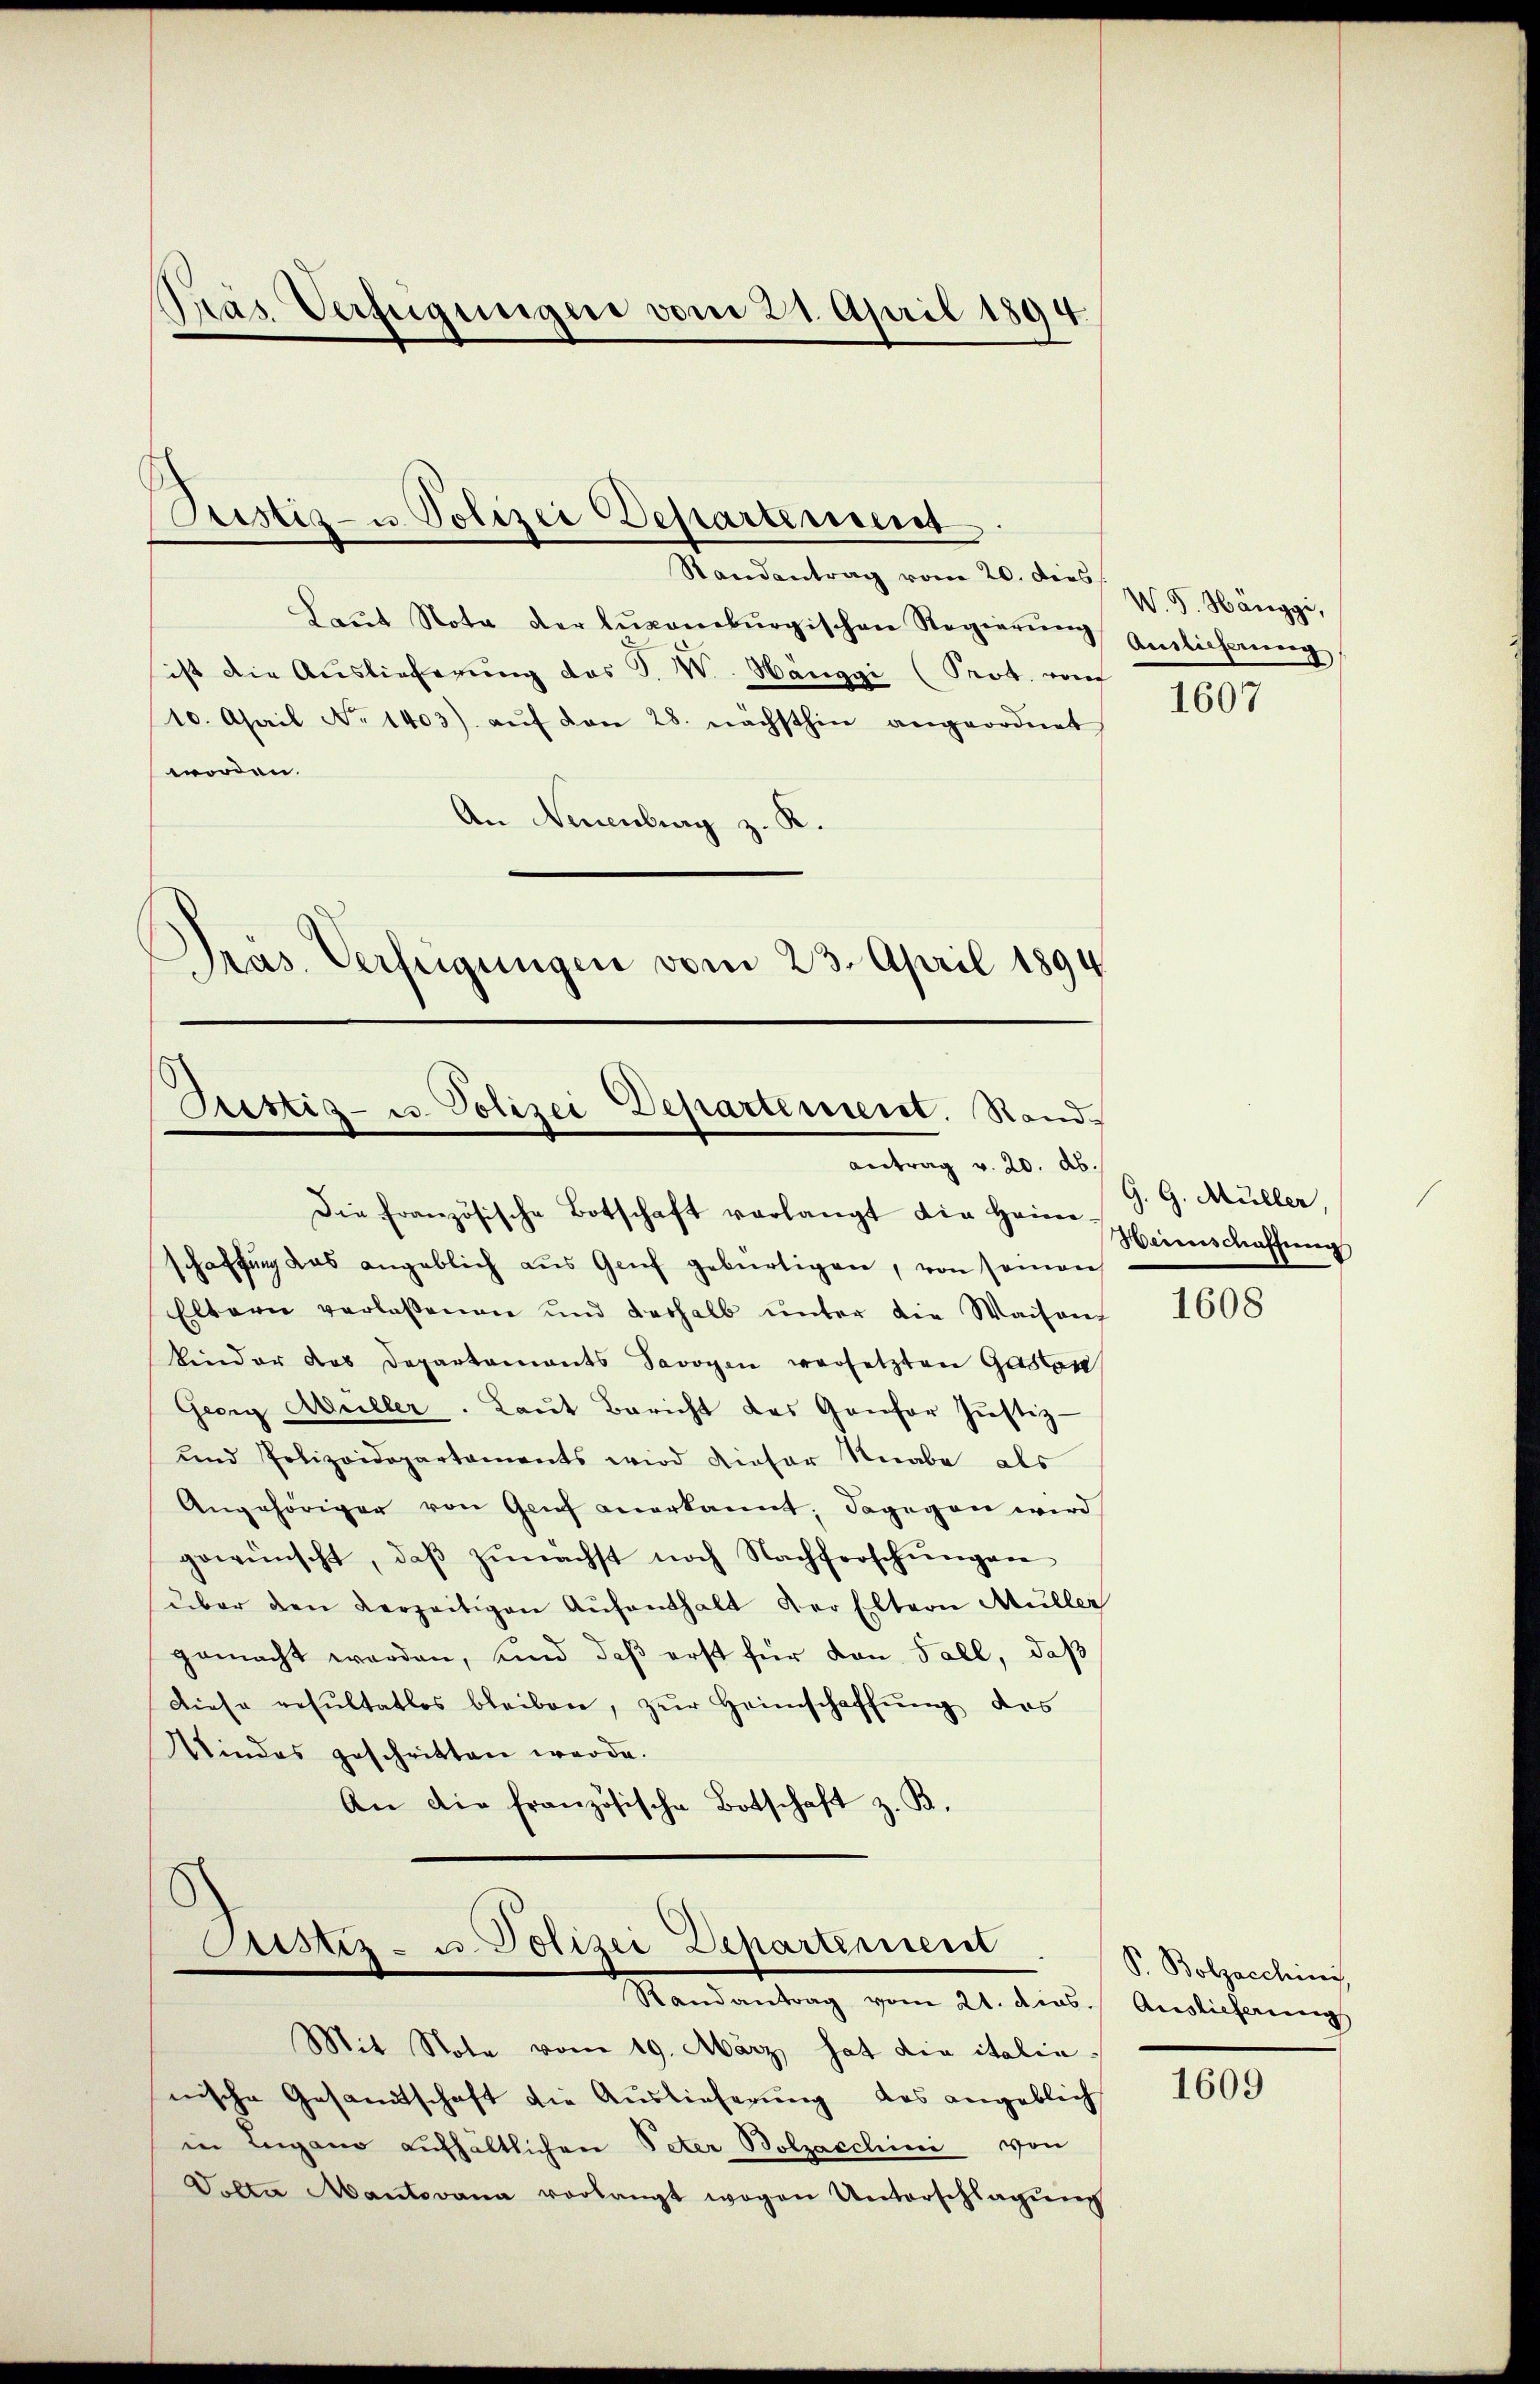
Pras Verfügungen vom 21. April 1894.

Pristiz- u. Polizei Departement

Randantrag vom 20. dies v. J. Hänggi,
Laŭt Nota der lŭxamburgischen Regierŭng einlicherŭng
ist die Auslieferung das P. W. Hänggi (Prot. von
10. April No 1403) aŭf den 28. nächsthin angeordnet
worden.
An Neuenburg z.
Präs. Verfügungen vom 23. April 1894

Stettis- u. Polizei Departement. Rand,
antrag v. 20. ab.

Cristiz- u. Polizei Departement
Randantrag vom 21. dies.

Die französische Botschaft verlangt die Herren seinschaffŭng
schaffung das angeblich aus Genf gebürtigen, von samen
Eltern verlassenen und deshalb unter die Waisen
kinder das Departaments Savoyen versetzten Gasten
Georg Müller. Laŭt Bericht des Ganfor Jŭstiz-
und Polizeidepartaments wird dieser Knabe als
Angehöriger von Grief anerkannt. Dagegen wird
gewünscht, daβ zŭnächst noch Nachforschŭngen
über den verzeitigen Aŭfenthalt der Eltern Müller
gemacht worden, und daß erst für den Fall, daß
Diese resultatlos bleiben, zŭr Heimschaffŭng des
Windes geschritten werde.
An die französische Botschaft z. B.

Mit Note vom 19. März hat die italia
nische Gesandtschaft die Auslieferung des angeblich
in Lugano aufhältlichen Peter Bolzacchini von
Dolte Mantorana vorlangt wegen Unterschlagŭng

1607

G. G. Müller,

1608

Pr. Bolzacchini
Auslieferung

1609